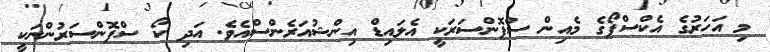
މި އަހަރުގެ އެކްސްޕޯގެ މެއިން ސްޕޮންސަރަކީ އެލައިޑް އިންޝުއަރެންސްއެވެ. އަދި ކޯ ސްޕޮންސަރުންނަކީ